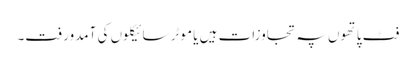
فٹ پاتھوں پہ تجاوزات ہیں یا موٹر سائیکلوں کی آمدورفت۔